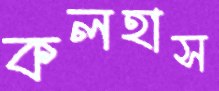
কলহাস